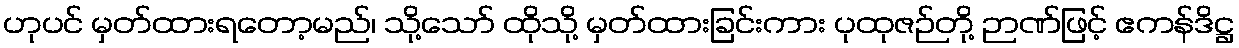
ဟုပင် မှတ်ထားရတော့မည်၊ သို့သော် ထိုသို့ မှတ်ထားခြင်းကား ပုထုဇဉ်တို့ ဉာဏ်ဖြင့် ဧကန်ဒိဋ္ဌ